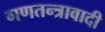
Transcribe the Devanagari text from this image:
गणतन्त्रावादी